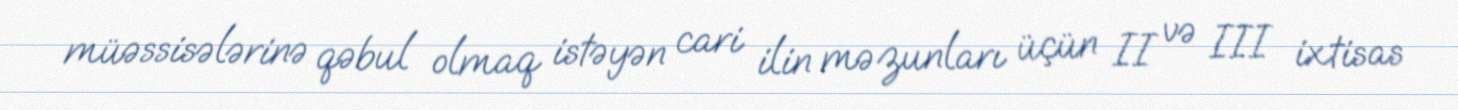
müəssisələrinə qəbul olmaq istəyən cari ilin məzunları üçün II və III ixtisas